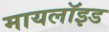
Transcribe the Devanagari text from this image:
मायलॉइड